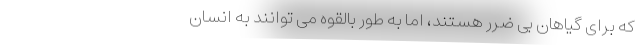
که برای گیاهان بی ضرر هستند، اما به طور بالقوه می توانند به انسان